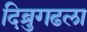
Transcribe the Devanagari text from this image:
दिब्रुगढला